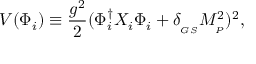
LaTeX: V ( \Phi _ { i } ) \equiv { \frac { g ^ { 2 } } { 2 } } ( \Phi _ { i } ^ { \dagger } X _ { i } \Phi _ { i } + \delta _ { _ { G S } } M _ { _ P } ^ { 2 } ) ^ { 2 } ,